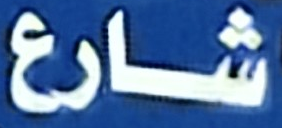
شارع